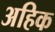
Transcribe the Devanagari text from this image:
अहिक